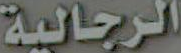
الرجالية